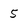
Character: 5